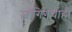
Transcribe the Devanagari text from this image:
जॉगिंगचीही